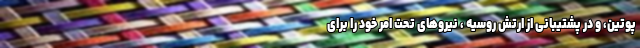
پوتین، و در پشتیبانی از ارتش روسیه ،‌ نیروهای تحت امر خود را برای